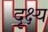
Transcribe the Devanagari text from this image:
दृक्ष्य